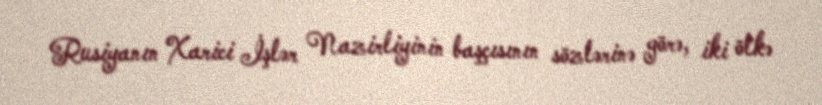
Rusiyanın Xarici İşlər Nazirliyinin başçısının sözlərinə görə, iki ölkə